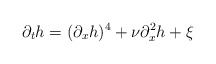
\begin{align*}\partial_t h = (\partial_x h)^4 +\nu\partial_x^2 h + \xi\end{align*}